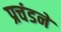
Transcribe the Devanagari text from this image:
प्रचंडने